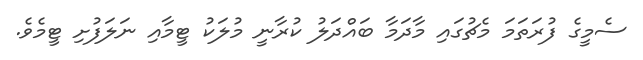
ސެމީގެ ފުރަތަމަ މެޗުގައި މާދަމާ ބައްދަލު ކުރާނީ މުލަކު ޓީމާއި ނަލަފުށި ޓީމެވެ.